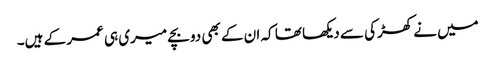
میں نے کھڑکی سے دیکھا تھا کہ ان کے بھی دو بچے میری ہی عمر کے ہیں۔